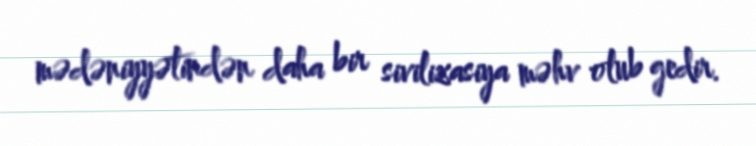
mədəniyyətindən daha bir sivilizasiya məhv olub gedir.